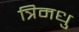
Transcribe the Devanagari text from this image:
त्रिमधु